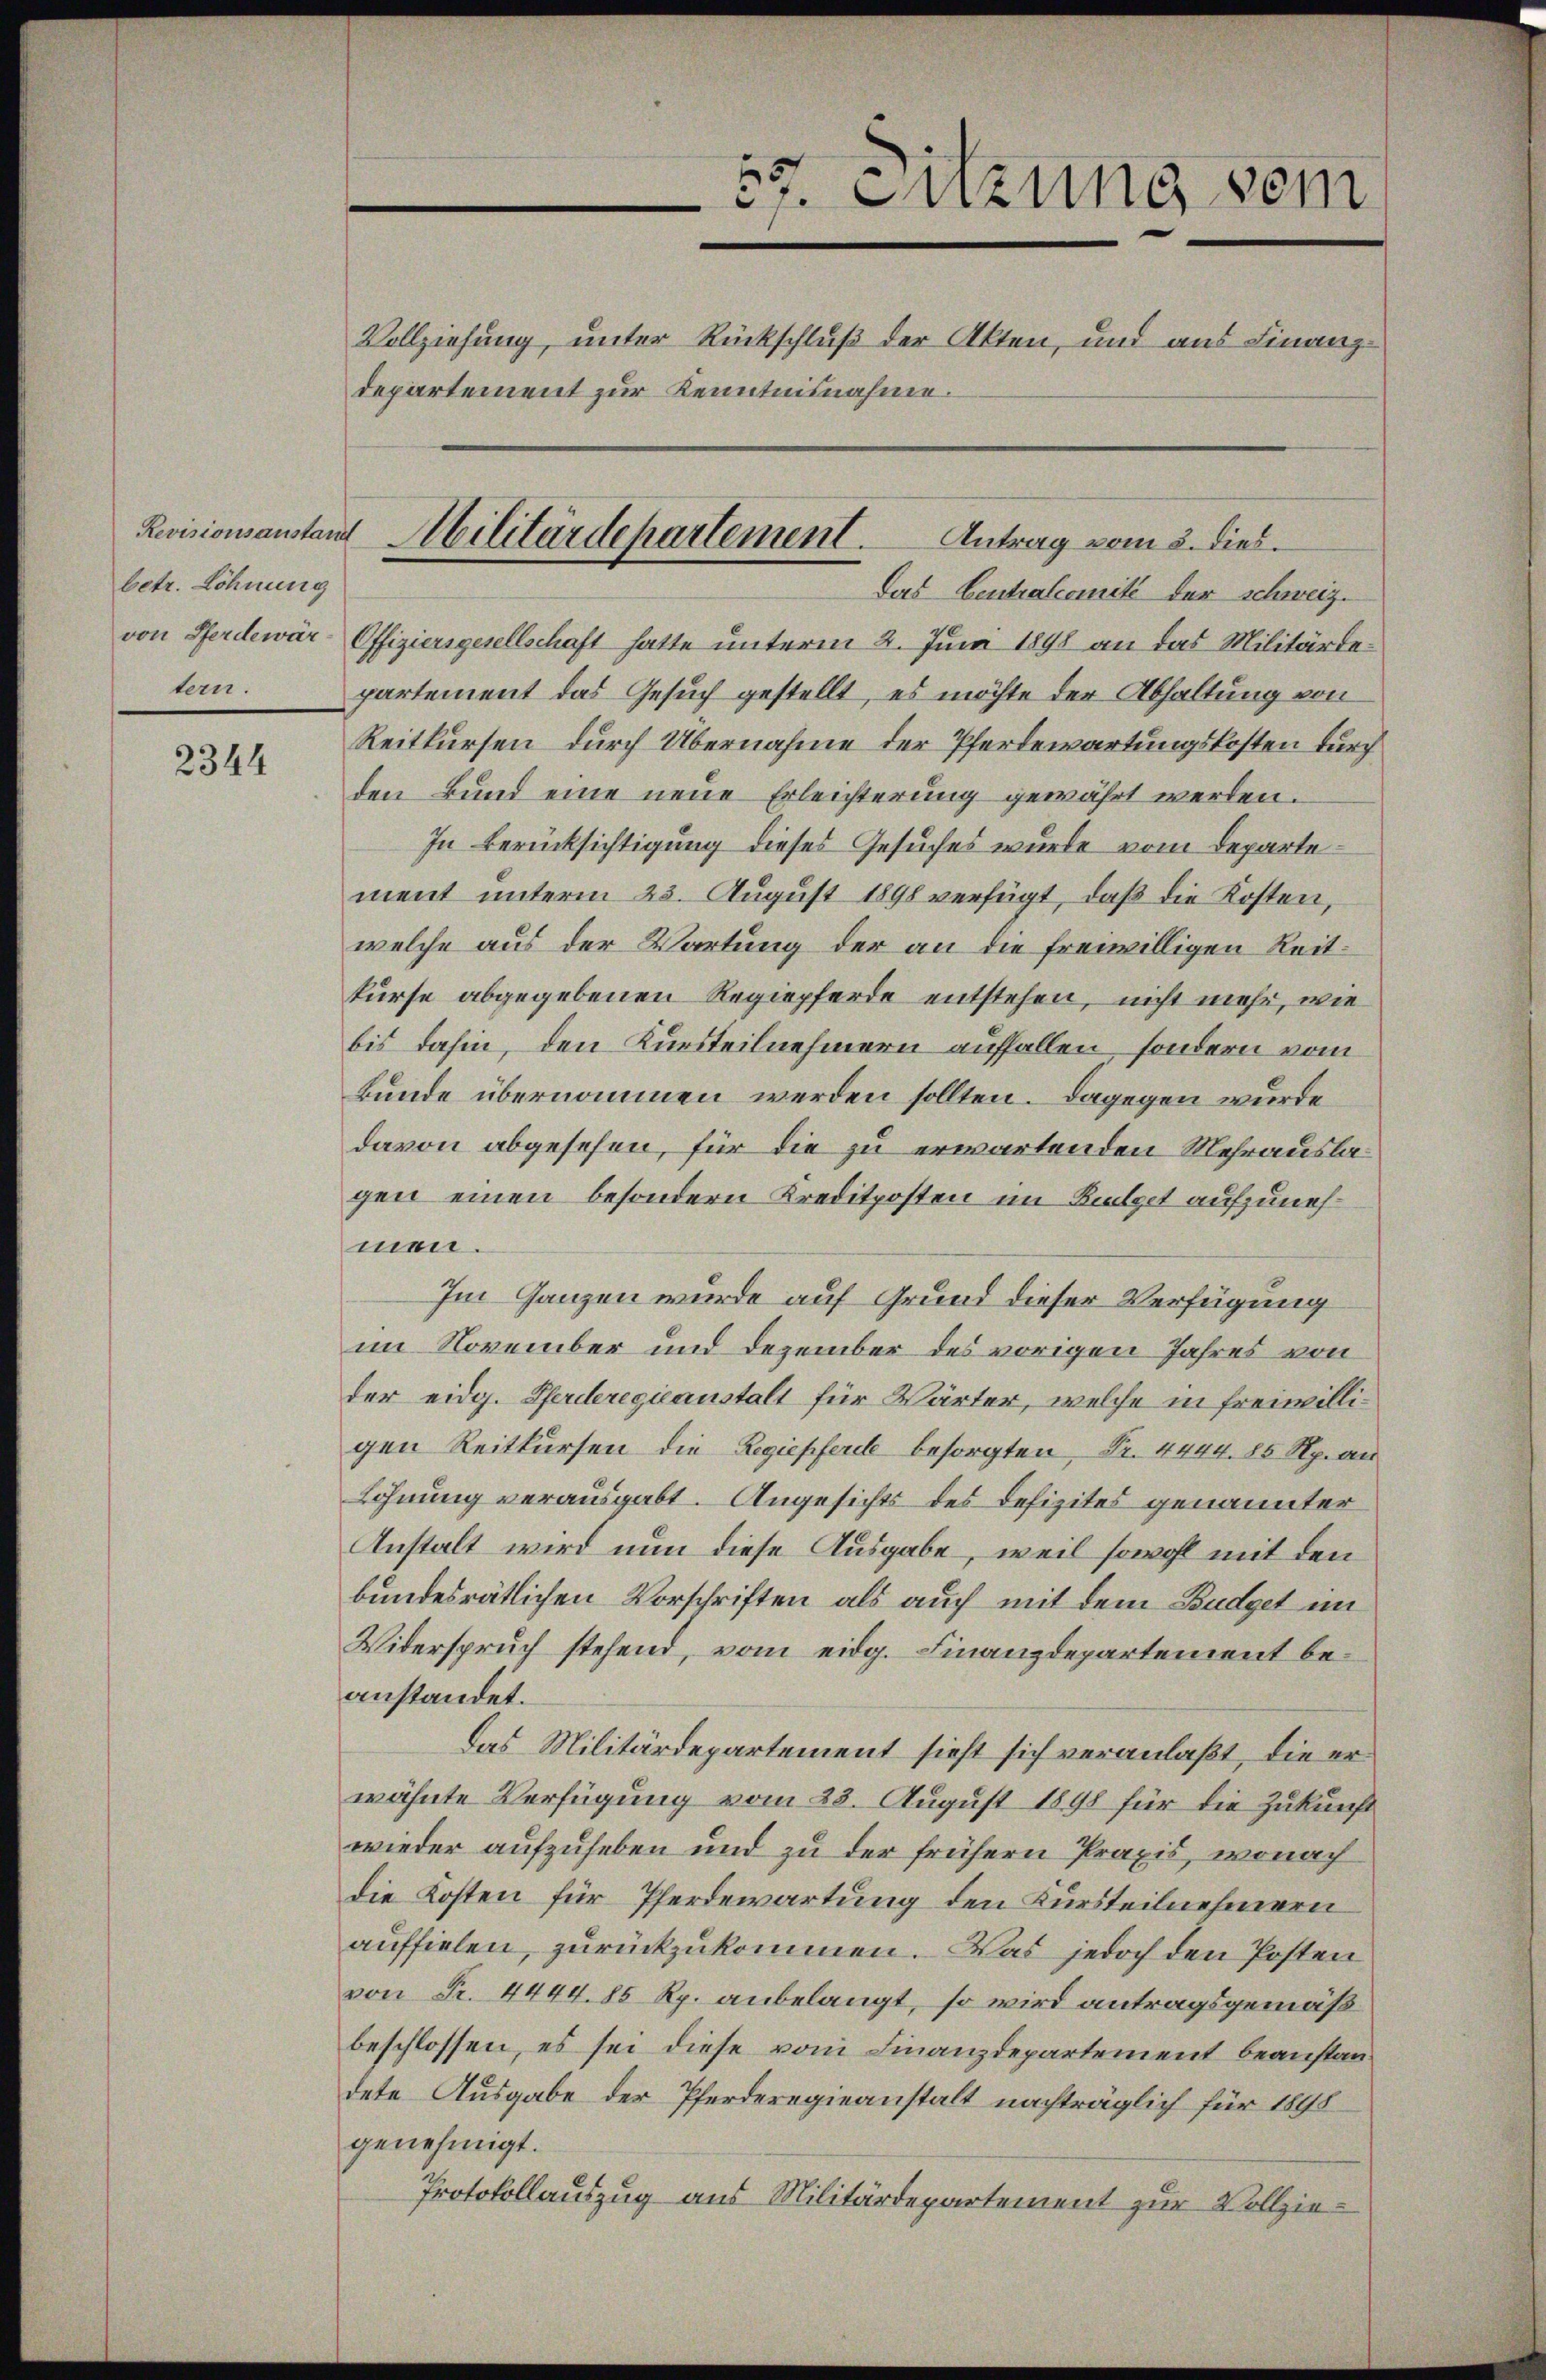
betr. Löhnung
tern.

2344

7. Sitzung sein
Vollziehung, unter Rückschluß der Akten, und aus Finanzdepartement zur Kenntnisnahme.

Revisionsanstand Militärdepartement. Antrag vom 3. dies
Das Centralcomité der Schweiz.

von Pferdewär-Offiziersgesellschaft hatte unterm 2. Juni 1898 an das Militärdepartement das Gesuch gestellt, es möchte der Abhaltung von
Reitkursen durch Übernahme der Pferdewartungskosten durch
den Bund eine neue Erleichterung gewährt werden.
In Berücksichtigung dieses Gesuches wurde vom Departement unterm 23. August 1890 verfügt, daß die Kosten,
welche aus der Wartung der an die freiwilligen Reitkurse abgegebenen Regiepferde entstehen, nicht mehr, wie
bis dahin, den Kursteilnehmern auffallen, sondern vom
Bunde übernommen werden sollten. Dagegen wurde
davon abgesehen, für die zu erwartenden Mehrauslagen einen besondern Kreditposten im Putzet aufzunehmen.
Im Ganzen wurde auf Grund dieser Verfügung
im November und Dezember des vorigen Jahres von
der eidg. Pferderegieanstalt für Wärter, welche in freiwilligen Reitkursen die Regiepferie besorgten, Nr. 4444. 85 Rp. an
Löhnung verausgabt. Angesichts des Defizites genannter
Anstalt wird nun diese Ausgabe, weil sowohl mit den
bundesrätlichen Vorschriften als auch mit dem Budget im
Widerspruch stehend, vom eidg. Finanzdepartement beanstandet.
Das Militärdepartement sieht sich veranlaßt, die erwähnte Verfügung vom 23. August 1898 für die Zukunft
wieder aufzuheben und zu der frühern Praxis, wonach
die Kosten für Pferdewartung den Kursteilnehmern
auffielen, zurückzukommen. Was jedoch den Posten
von Fr. 4444. 85 Rp. anbelangt, so wird antragsgemäß
beschlossen, es sei diese vom Finanzdepartement beanstandete Ausgabe der Pferderegieanstalt nachträglich für 1898
genehmigt.
Protokollauszug aus Militärdepartement zur Vollzie¬